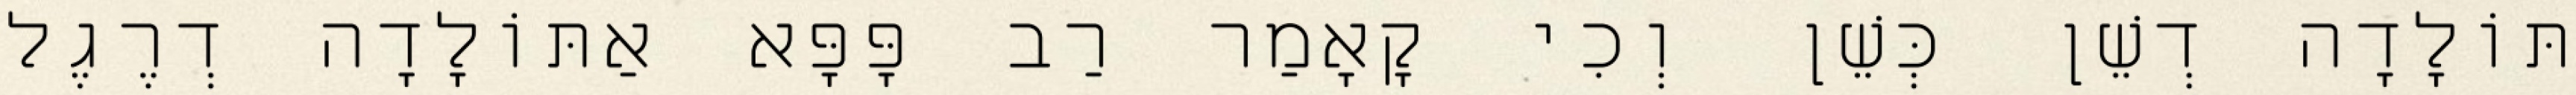
תּוֹלָדָה דְשֵׁן כְּשֵׁן וְכִי קָאָמַר רַב פָּפָּא אַתּוֹלָדָה דְרֶגֶל